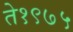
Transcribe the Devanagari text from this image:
ते१९७५